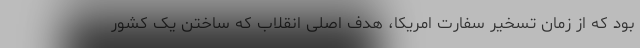
بود که از زمان تسخیر سفارت امریکا، هدف اصلی انقلاب که ساختن یک کشور